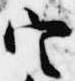
定